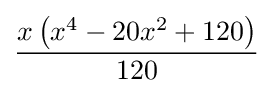
{\frac {x\left(x^{4}-20x^{2}+120\right)}{120}}